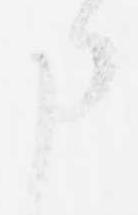
申